Statistical return of the lunatic asylum in Assam - 1912-1932
Year: 1912
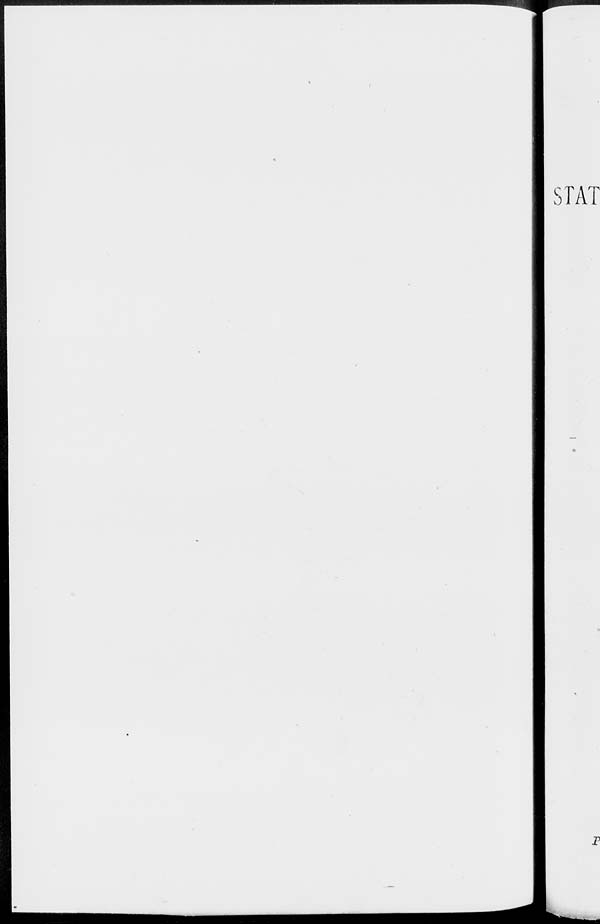
STAT